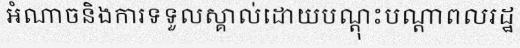
អំណាចនិងការទទួលស្គាល់ដោយបណ្តុះបណ្តាពលរដ្ឋ